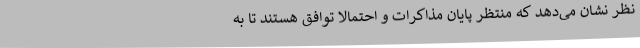
نظر نشان می‌دهد که منتظر پایان مذاکرات و احتمالا توافق هستند تا به